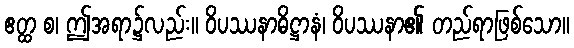
ဧတ္ထ စ၊ ဤအရာ၌လည်း။ ဝိပဿနာဓိဋ္ဌာနံ၊ ဝိပဿနာ၏ တည်ရာဖြစ်သော။